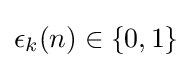
\epsilon _{k}(n)\in \{0,1\}